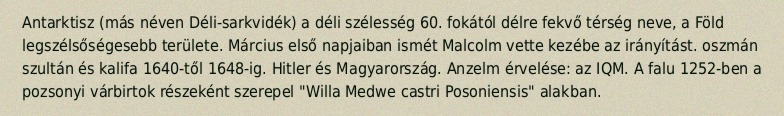
Antarktisz (más néven Déli-sarkvidék) a déli szélesség 60. fokától délre fekvő térség neve, a Föld legszélsőségesebb területe. Március első napjaiban ismét Malcolm vette kezébe az irányítást. oszmán szultán és kalifa 1640-től 1648-ig. Hitler és Magyarország. Anzelm érvelése: az IQM. A falu 1252-ben a pozsonyi várbirtok részeként szerepel "Willa Medwe castri Posoniensis" alakban.